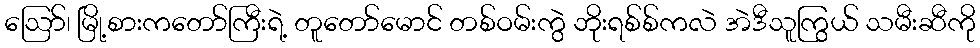
ဪ၊ မြို့စားကတော်ကြီးရဲ့ တူတော်မောင် တစ်ဝမ်းကွဲ ဘိုးရစ်စ်ကလဲ အဲဒီသူကြွယ် သမီးဆီကို